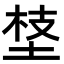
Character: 𡍁